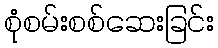
စုံစမ်းစစ်ဆေးခြင်း